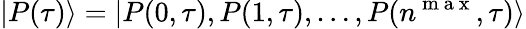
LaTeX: |P(\tau)\rangle=|P(0,\tau),P(1,\tau),\ldots,P(n^{\mathrm{~m~a~x~}},\tau)\rangle